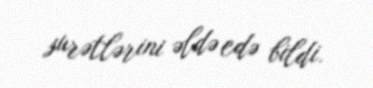
surətlərini əldə edə bildi.